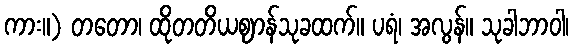
ကား။) တတော၊ ထိုတတိယဈာန်သုခထက်။ ပရံ၊ အလွန်။ သုခါဘာဝါ၊